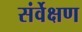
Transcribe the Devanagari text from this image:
संर्वेक्षण